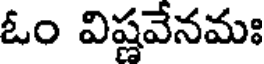
ఓం విష్టవేనమః